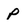
Character: P